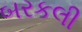
બરકલી